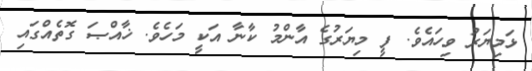
ޅަމިޔަރު ވިހައެވެ. ފީ މިޔަރުގެ އާންމު ކާނާ އަކީ މަހެވެ. ޚާއްޞަ ގޮތެއްގައި